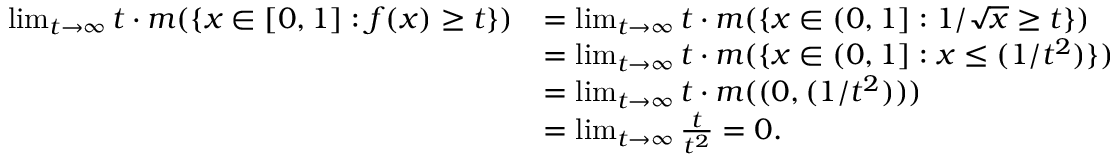
\begin{array} { r l } { \operatorname* { l i m } _ { t \to \infty } t \cdot m ( \{ x \in [ 0 , 1 ] : f ( x ) \geq t \} ) } & { = \operatorname* { l i m } _ { t \to \infty } t \cdot m ( \{ x \in ( 0 , 1 ] : 1 / \sqrt { x } \geq t \} ) } \\ & { = \operatorname* { l i m } _ { t \to \infty } t \cdot m ( \{ x \in ( 0 , 1 ] : x \leq ( 1 / t ^ { 2 } ) \} ) } \\ & { = \operatorname* { l i m } _ { t \to \infty } t \cdot m ( ( 0 , ( 1 / t ^ { 2 } ) ) ) } \\ & { = \operatorname* { l i m } _ { t \to \infty } \frac { t } { t ^ { 2 } } = 0 . } \end{array}